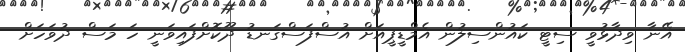
އޭނާ ވިދާޅުވީ ސިޓީ ކައުންސިލުން އެމްޑީޕީއަށް އުސްފަސްގަނޑު ދޫކޮށްފައިވަނީ ހަ މަސް ދުވަހަށް